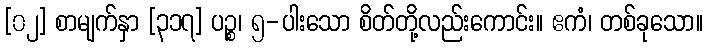
[၀၂] စာမျက်နှာ [၃၁၇] ပဉ္စ၊ ၅-ပါးသော စိတ်တို့လည်းကောင်း။ ဧကံ၊ တစ်ခုသော။